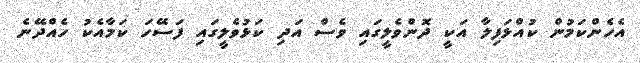
އެހެންކަމުން ކުއްޅަފިލާ އަކީ ދޮންވެލީގައި ވެސް އަދި ކަޅުވެލީގައި ފަސޭހަ ކަމާއެކު ހެއްދޭނެ